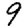
Digit: 9